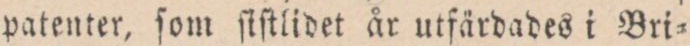
patenter, ſom ſiſtlidet år utfärdades i Bri=